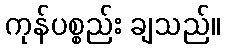
ကုန်ပစ္စည်း ချသည်။